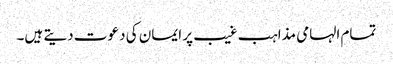
تمام الہامی مذاہب غیب پر ایمان کی دعوت دیتے ہیں۔